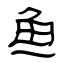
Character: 鱼